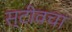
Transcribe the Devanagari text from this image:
स्टीवचा